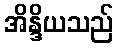
အိန္ဒိယသည်